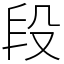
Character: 段